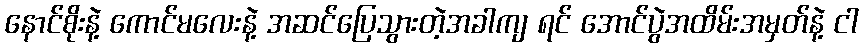
နောင်စိုးနဲ့ ကောင်မလေးနဲ့ အဆင်ပြေသွားတဲ့အခါကျ ရင် အောင်ပွဲအထိမ်းအမှတ်နဲ့ ငါ